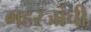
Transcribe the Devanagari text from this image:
महरजांची